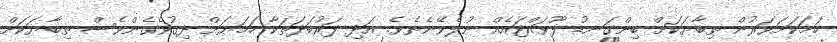
ހަމަކަށަވަރުން ތިބާޔަކަށް ބިންގަނޑު ފޫވައްޓައެއް ނުލެވޭނެތެވެ. އަދި ފަރުބަދަތަކާ ހަމަޔަށް ދިގުވެގެންވެސް ތިބާޔަކަށް